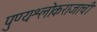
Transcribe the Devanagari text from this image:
पुण्यश्लोकराजाची